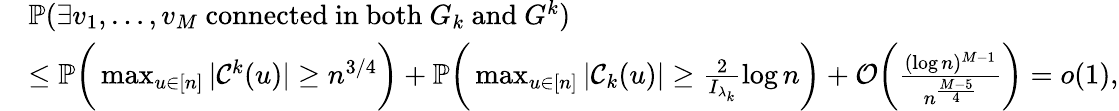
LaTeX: \begin{array}{rl}&{\mathbb P(\exists v_{1},\dots,v_{M}\mathrm{~connected~in~both~}G_{k}\mathrm{~and~}G^{k})}\\ &{\le\mathbb P\bigg(\operatorname*{max}_{u\in[n]}|\mathcal{C}^{k}(u)|\ge n^{3/4}\bigg)+\mathbb P\bigg(\operatorname*{max}_{u\in[n]}|\mathcal{C}_{k}(u)|\ge\frac 2{I_{\lambda_{k}}}\log n\bigg)+\mathcal O\bigg(\frac{(\log n)^{M-1}}{n^{\frac{M-5}{4}}}\bigg)=o(1),}\end{array}